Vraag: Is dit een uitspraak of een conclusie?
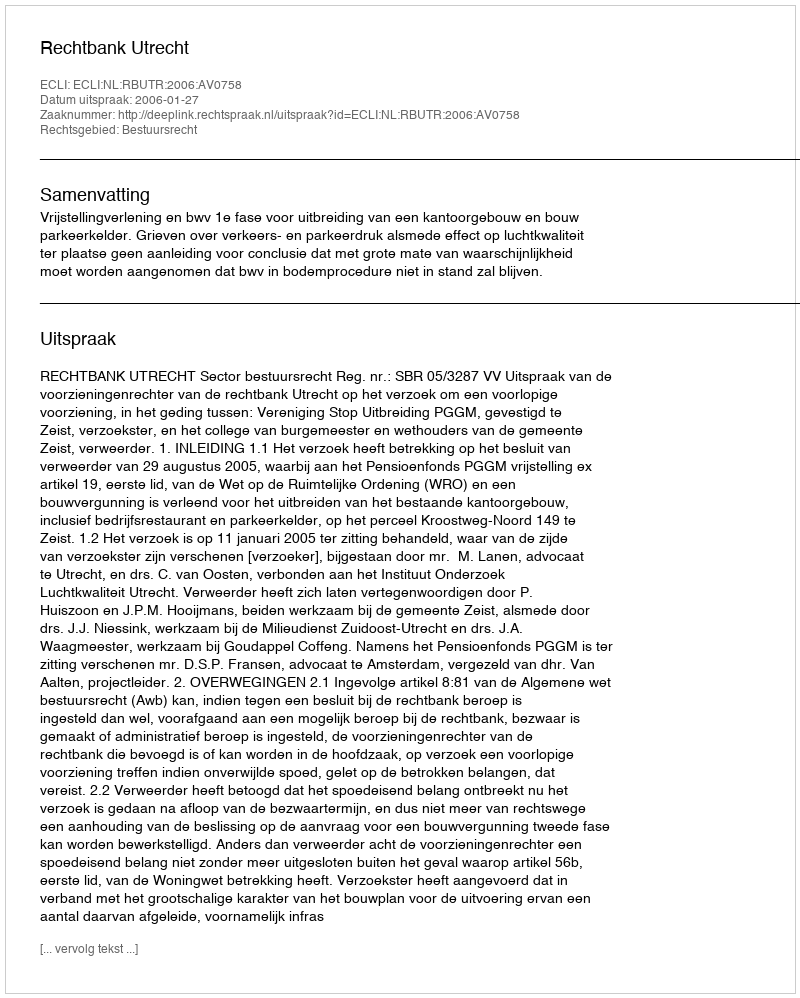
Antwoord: Uitspraak